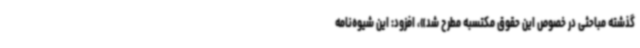
گذشته مباحثی در خصوص این حقوق مکتسبه مطرح شد»، افزود: این شیوه‌نامه